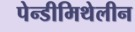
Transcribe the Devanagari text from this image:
पेन्डीमिथेलीन